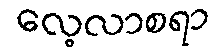
လေ့လာစရာ